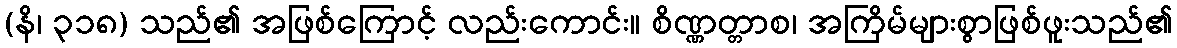
(နိ၊ ၃၁၈) သည်၏ အဖြစ်ကြောင့် လည်းကောင်း။ စိဏ္ဏတ္တာစ၊ အကြိမ်များစွာဖြစ်ဖူးသည်၏